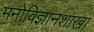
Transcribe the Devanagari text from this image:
मनोविज्ञानशाखा